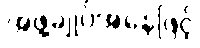
အဖွဲ့ချုပ်အနေဖြင့်